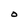
Character: O